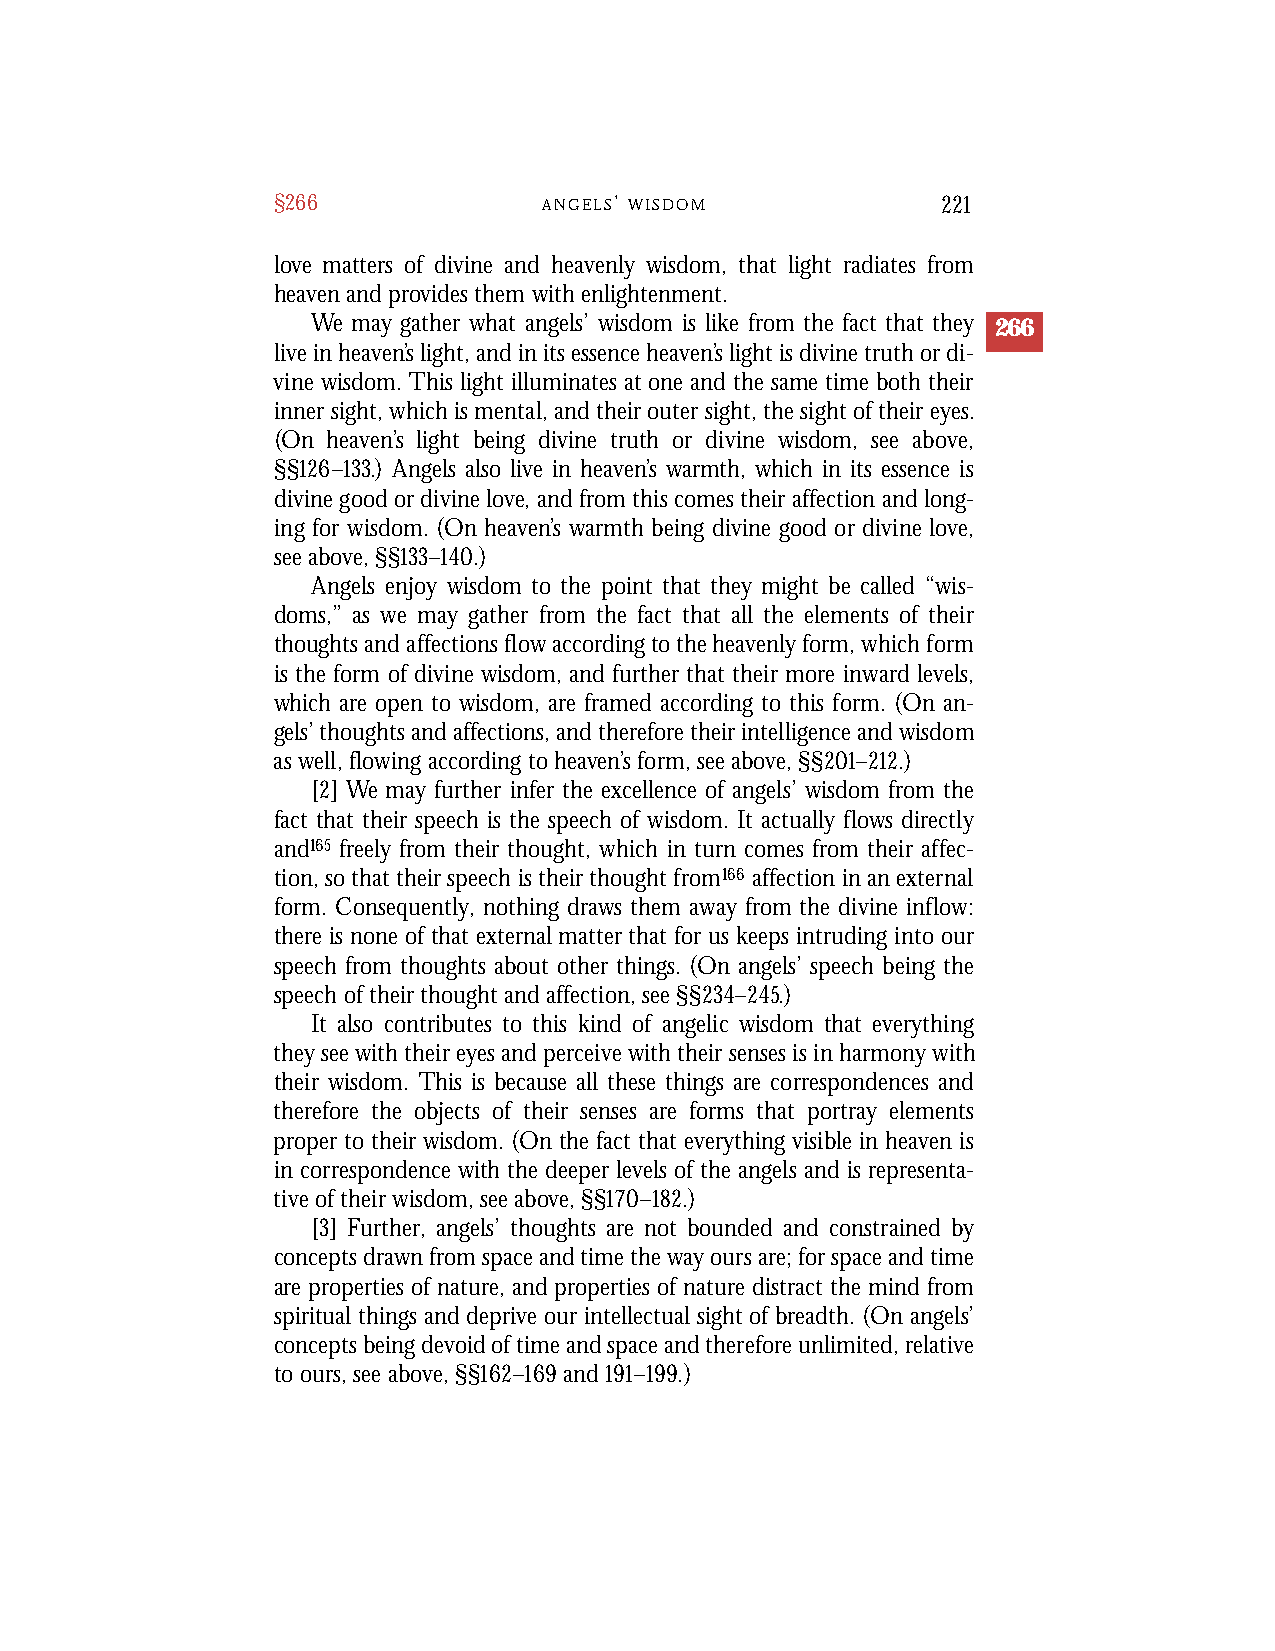
§266              A N G E L S’ W I S D O M  221
 love matters of divine and heavenly wisdom, that light radiates from
 heaven and provides them with enlightenment.
 We may gather what angels’ wisdom is like from the fact that they 266
 live in heaven’s light, and in its essence heaven’s light is divine truth or di-
 vine wisdom. This light illuminates at one and the same time both their
 inner sight, which is mental, and their outer sight, the sight of their eyes.
 (On heaven’s light being divine truth or divine wisdom, see above,
 §§126–133.) Angels also live in heaven’s warmth, which in its essence is
 divine good or divine love, and from this comes their affection and long-
 ing for wisdom. (On heaven’s warmth being divine good or divine love,
 see above, §§133–140.)
 Angels enjoy wisdom to the point that they might be called “wis-
 doms,” as we may gather from the fact that all the elements of their
 thoughts and affections flow according to the heavenly form, which form
 is the form of divine wisdom, and further that their more inward levels,
 which are open to wisdom, are framed according to this form. (On an-
 gels’ thoughts and affections, and therefore their intelligence and wisdom
 as well, flowing according to heaven’s form, see above, §§201–212.)
 [2] We may further infer the excellence of angels’ wisdom from the
 fact that their speech is the speech of wisdom. It actually flows directly
 and165 freely from their thought, which in turn comes from their affec-
 tion, so that their speech is their thought from166 affection in an external
 form. Consequently, nothing draws them away from the divine inflow:
 there is none of that external matter that for us keeps intruding into our
 speech from thoughts about other things. (On angels’ speech being the
 speech of their thought and affection, see §§234–245.)
 It also contributes to this kind of angelic wisdom that everything
 they see with their eyes and perceive with their senses is in harmony with
 their wisdom. This is because all these things are correspondences and
 therefore the objects of their senses are forms that portray elements
 proper to their wisdom. (On the fact that everything visible in heaven is
 in correspondence with the deeper levels of the angels and is representa-
 tive of their wisdom, see above, §§170–182.)
 [3] Further, angels’ thoughts are not bounded and constrained by
 concepts drawn from space and time the way ours are; for space and time
 are properties of nature, and properties of nature distract the mind from
 spiritual things and deprive our intellectual sight of breadth. (On angels’
 concepts being devoid of time and space and therefore unlimited, relative
 to ours, see above, §§162–169and 191–199.)